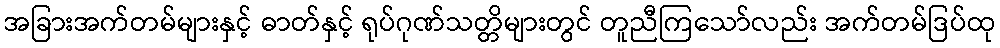
အခြားအက်တမ်များနှင့် ဓာတ်နှင့် ရုပ်ဂုဏ်သတ္တိများတွင် တူညီကြသော်လည်း အက်တမ်ဒြပ်ထု